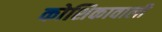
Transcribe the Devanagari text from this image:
कोशिकावाली